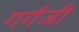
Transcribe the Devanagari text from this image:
गर्गजी